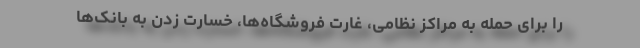
را برای حمله به مراکز نظامی، غارت فروشگاه‌ها، خسارت زدن به بانک‌ها